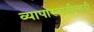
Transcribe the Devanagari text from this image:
व्यापारवाढीसाठी